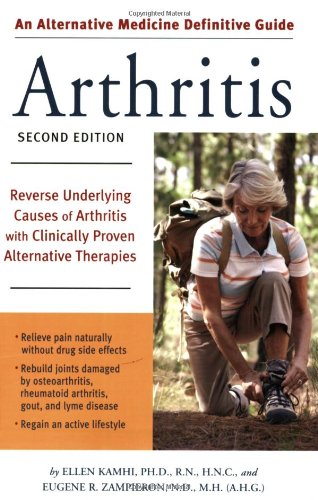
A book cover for Alternative Medicine Definitive Guide to Arthritis: Reverse Underlying Causes of Arthritis With Clinically Proven Alternative Therapies Second Edition; Ellen Kamhi; Health, Fitness & Dieting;